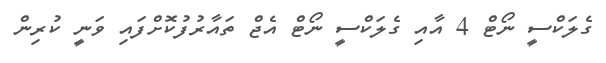
ގެލަކްސީ ނޯޓް 4 އާއި ގެލަކްސީ ނޯޓް އެޖް ތައާރުފުކޮށްފައި ވަނީ ކުރިން